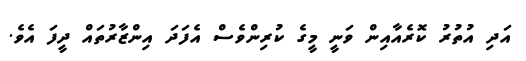
އަދި އުތުރު ކޮރެއާއިން ވަނީ މީގެ ކުރިންވެސް އެފަދަ އިންޒާރުތައް ދީފަ އެވެ.